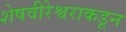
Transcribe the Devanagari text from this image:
शेषवीरेश्वराकडून